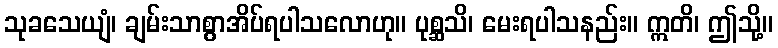
သုခသေယျံ၊ ချမ်းသာစွာအိပ်ရပါသလောဟု။ ပုစ္ဆသိ၊ မေးရပါသနည်း။ ဣတိ၊ ဤသို့။